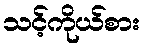
သင့်ကိုယ်စား